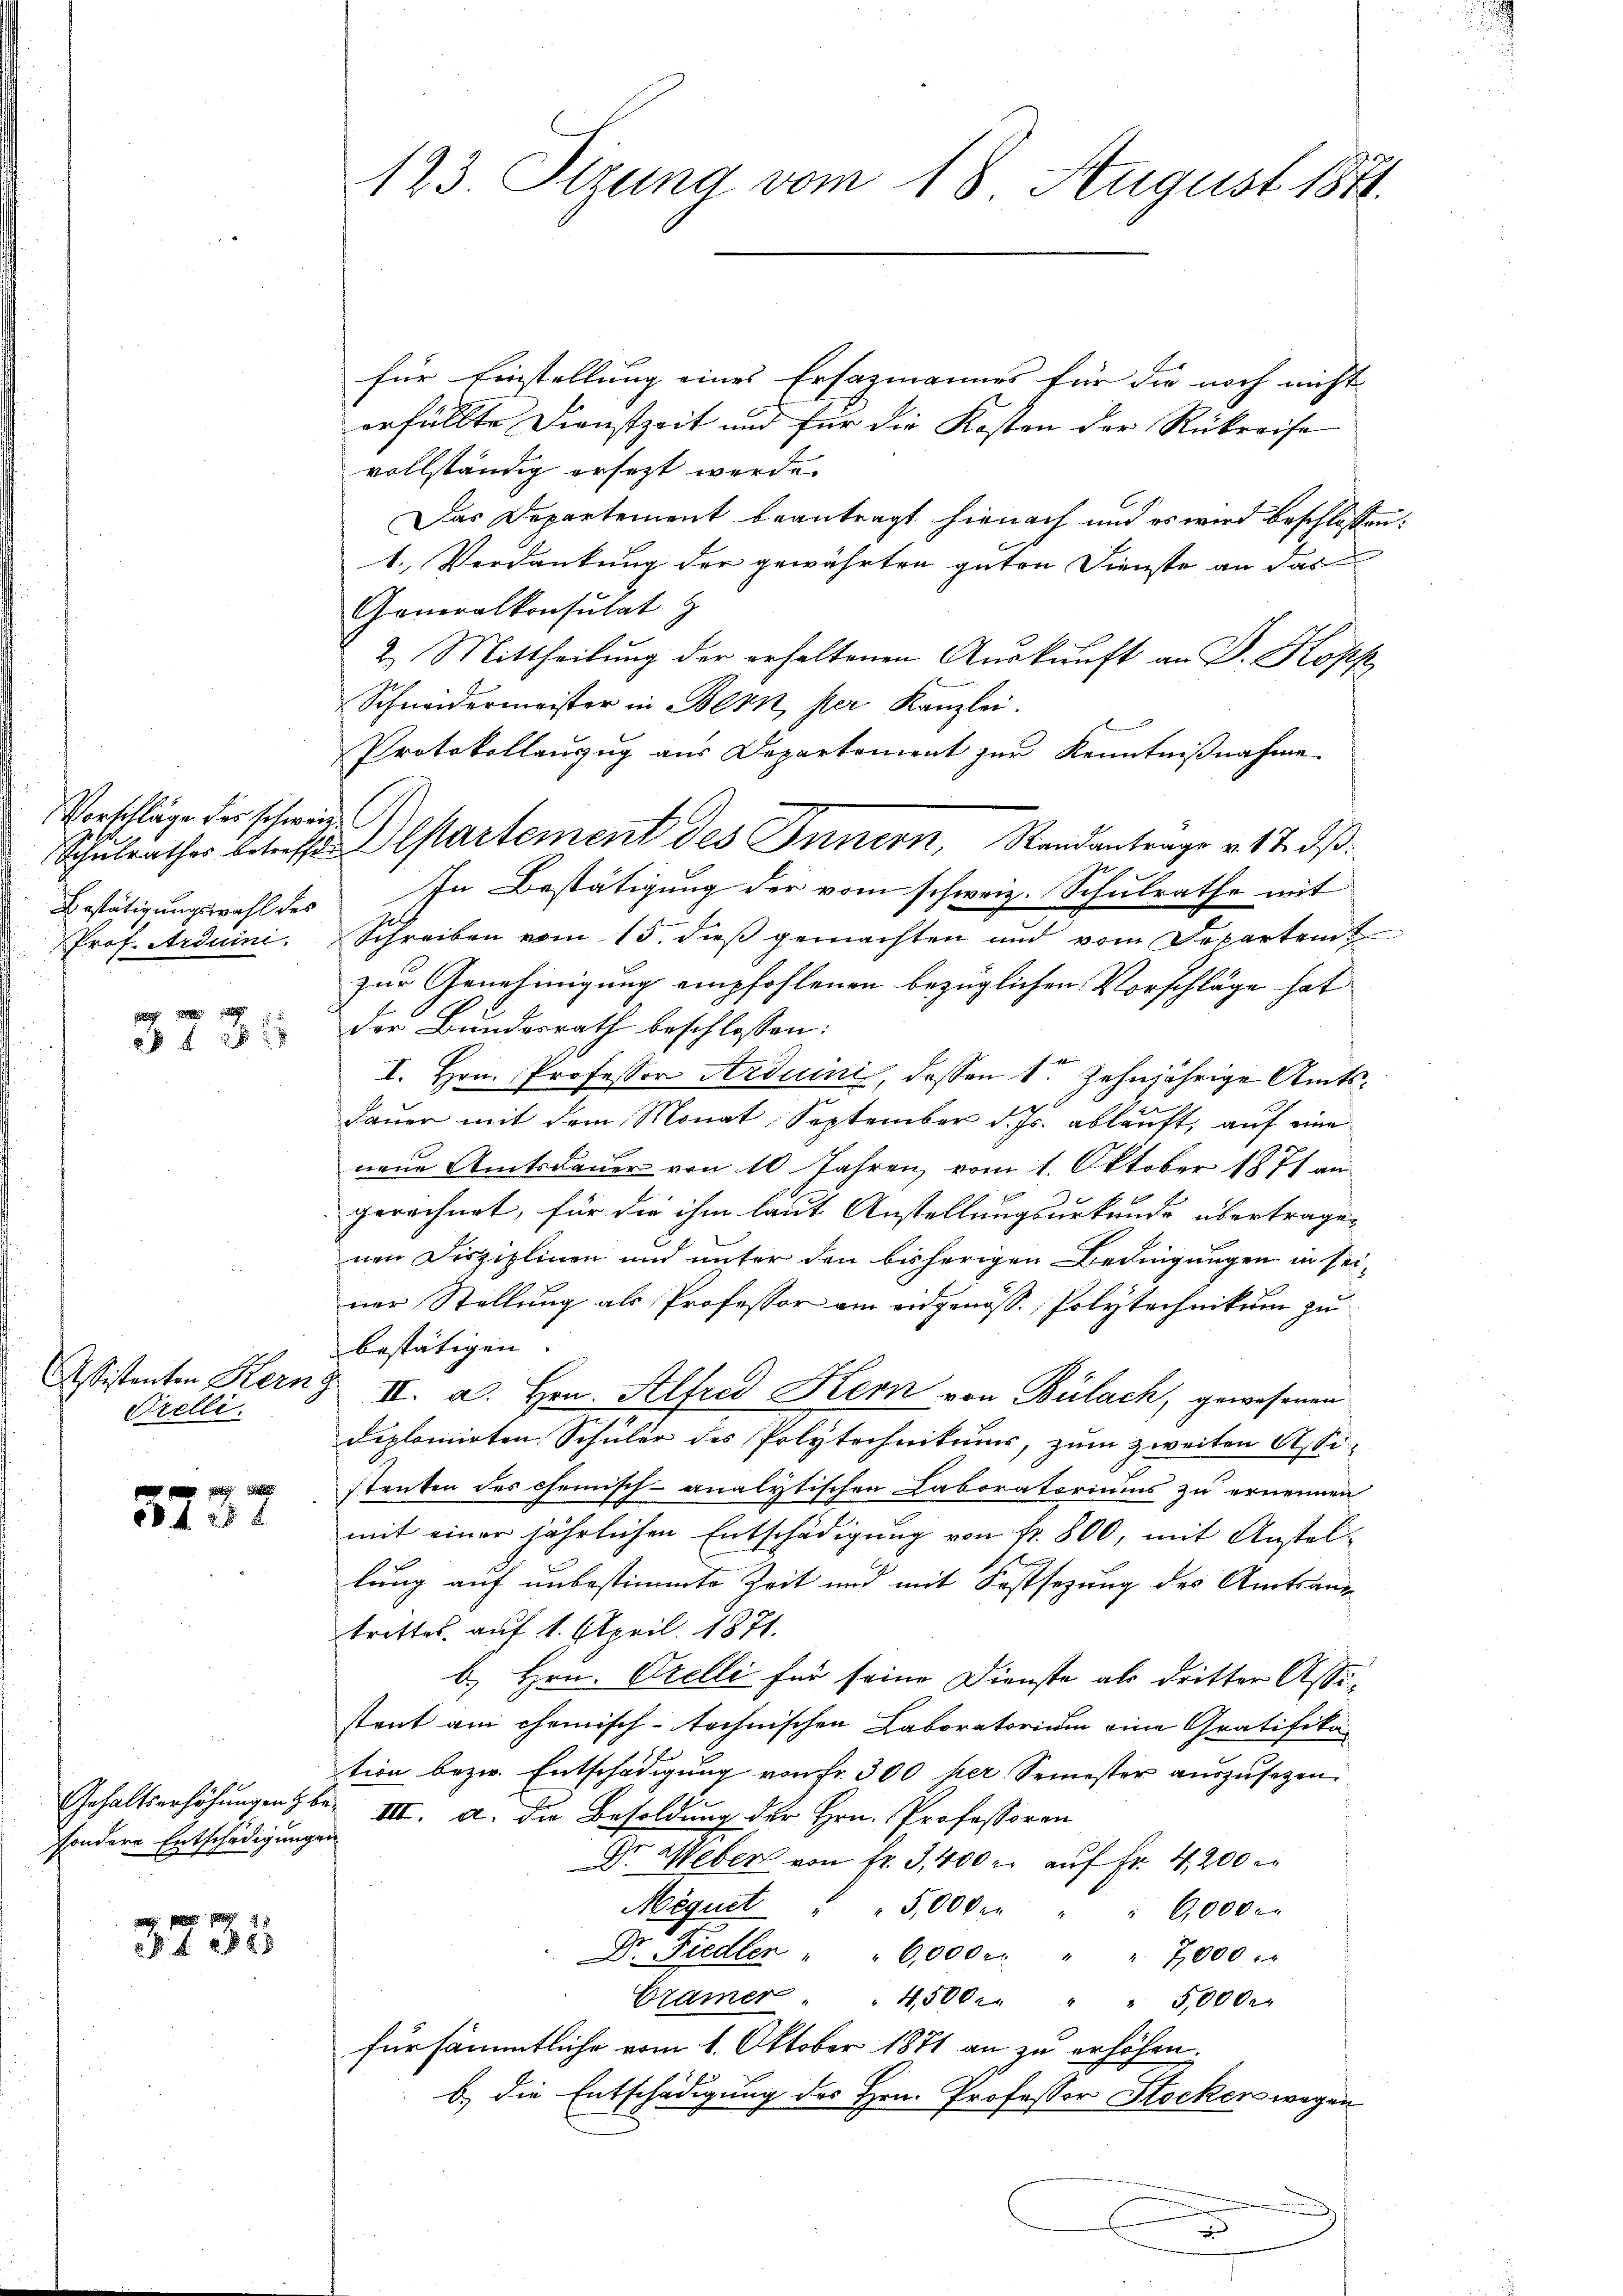
Vorschläge der schweize
Bestätigungswahl des
Prof. Arduini.

8 f 5 x

Assistenten Kern g
Prelli

8 f 28 x

sondere Entschädigungen

3235

für Einstellung eines Ersazmannes für die noch nicht
erfüllte Dienstzeit und für die Kosten der Rückreise
vollständig ersezt werde.
Das Departement beantragt hienach und es wird beschlossen:
1. Verdankung der gewährten guten Dienste an das
Generalkonsulat z
2. Mittheilung der erhaltenen Auskunft an D. Kopf
Schneidermeister in Bern, per Kanzlei.
Protokollaŭzŭg aŭs Departement zŭr Kenntniβnahme
In Bestätigung der vom schweiz. Schulrathe mit
Schreiben vom 15. dieß gemachten und vom Departem
zur Genehmigung empfohlenen bezüglichen Vorschläge hat
der Bundesrath beschlossen:
I. Hrn. Professor Arduini, dessen 1ten zehnjährige Amts¬
Dauer mit dem Monat September d. Js. ablauft, auf eine
neue Amtsdauer von 10 Jahren vom 1. Oktober 1871 an
gerechnet, für die ihm laut Anstellungsurkunde übertrage,
nen Disziplinen und unter den bisherigen Bedingungen in seiner Stellung als Professor am eidgenöss. Polytechnikum zu
bestätigen.
II. a. Hrn. Alfred Kern von Bülach, gewesenen
diplomirten Schüler des Polytechnikums, zum zweiten Assistenten des chemisch-analytischen Laboratoriums zu ernennen
mit einer jährlichen Entschädigung von fr. 800, mit Anstellung auf unbestimmte Zeit und mit Festsezung des Amtsangetrittes, auf 1. April 1871.
b) Hrn. Prelli für seine Dienste als dritter Assistant an chemisch-technischen Laboratorium eine Gratifika-
tion bezw. Entschädigung von Fr. 300 per Semester auszusehen.
Gehaltserhöhungen bei III. A. die Besoldung der Hrn. Professoren
Dr. Weber von fr. 3, 400 er auf Fr. 4200
Méguet " 5,000 m " " 6,000 r
Dr. Fiedler " " 6,000 r " " 7,000
Bramer " 4500. " " 5,000.
für sämmtliche vom 1. Oktober 1871 an zu erhöhen.
b. die Entschädigung des Hrn. Professor Stocken wegen
.
.

123. Sizung vom 18. August 1871.

Schulrathes betreffe. Departement des Innern, Standantrage v. 17. d.